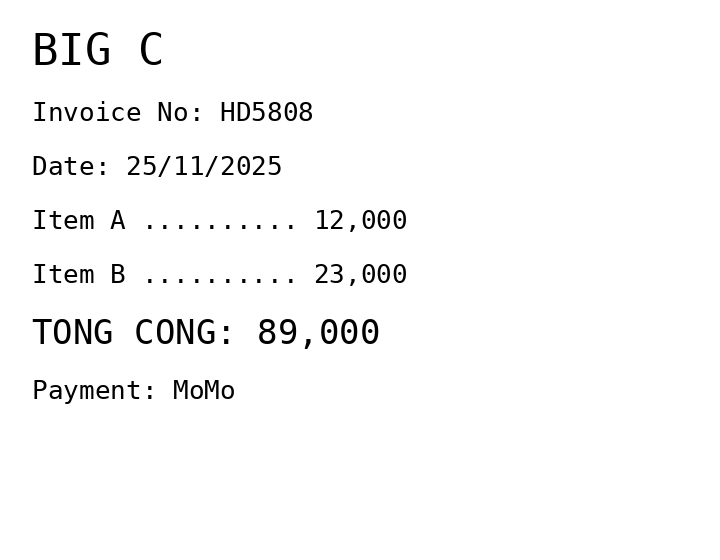
BIG C
Invoice No: HD5808
Date: 25/11/2025
Item A .......... 12,000
Item B .......... 23,000
TONG CONG: 89,000
Payment: MoMo
Merchant: big c
Date: 2025-11-25
Total: 89000
Invoice No: HD5808
Payment method: MOMO